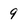
Character: 9